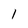
Character: 1